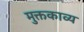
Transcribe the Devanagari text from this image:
मुक्तकाव्य